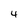
Character: 4